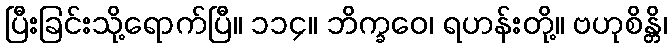
ပြီးခြင်းသို့ရောက်ပြီ။ ၁၁၄။ ဘိက္ခဝေ၊ ရဟန်းတို့။ ဗဟုစိန္တိ၊